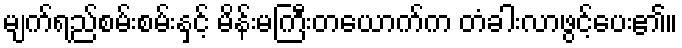
မျက်ရည်စမ်းစမ်းနှင့် မိန်းမကြီးတယောက်က တံခါးလာဖွင့်ပေး၏။